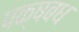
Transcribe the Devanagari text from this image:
पक्षबध